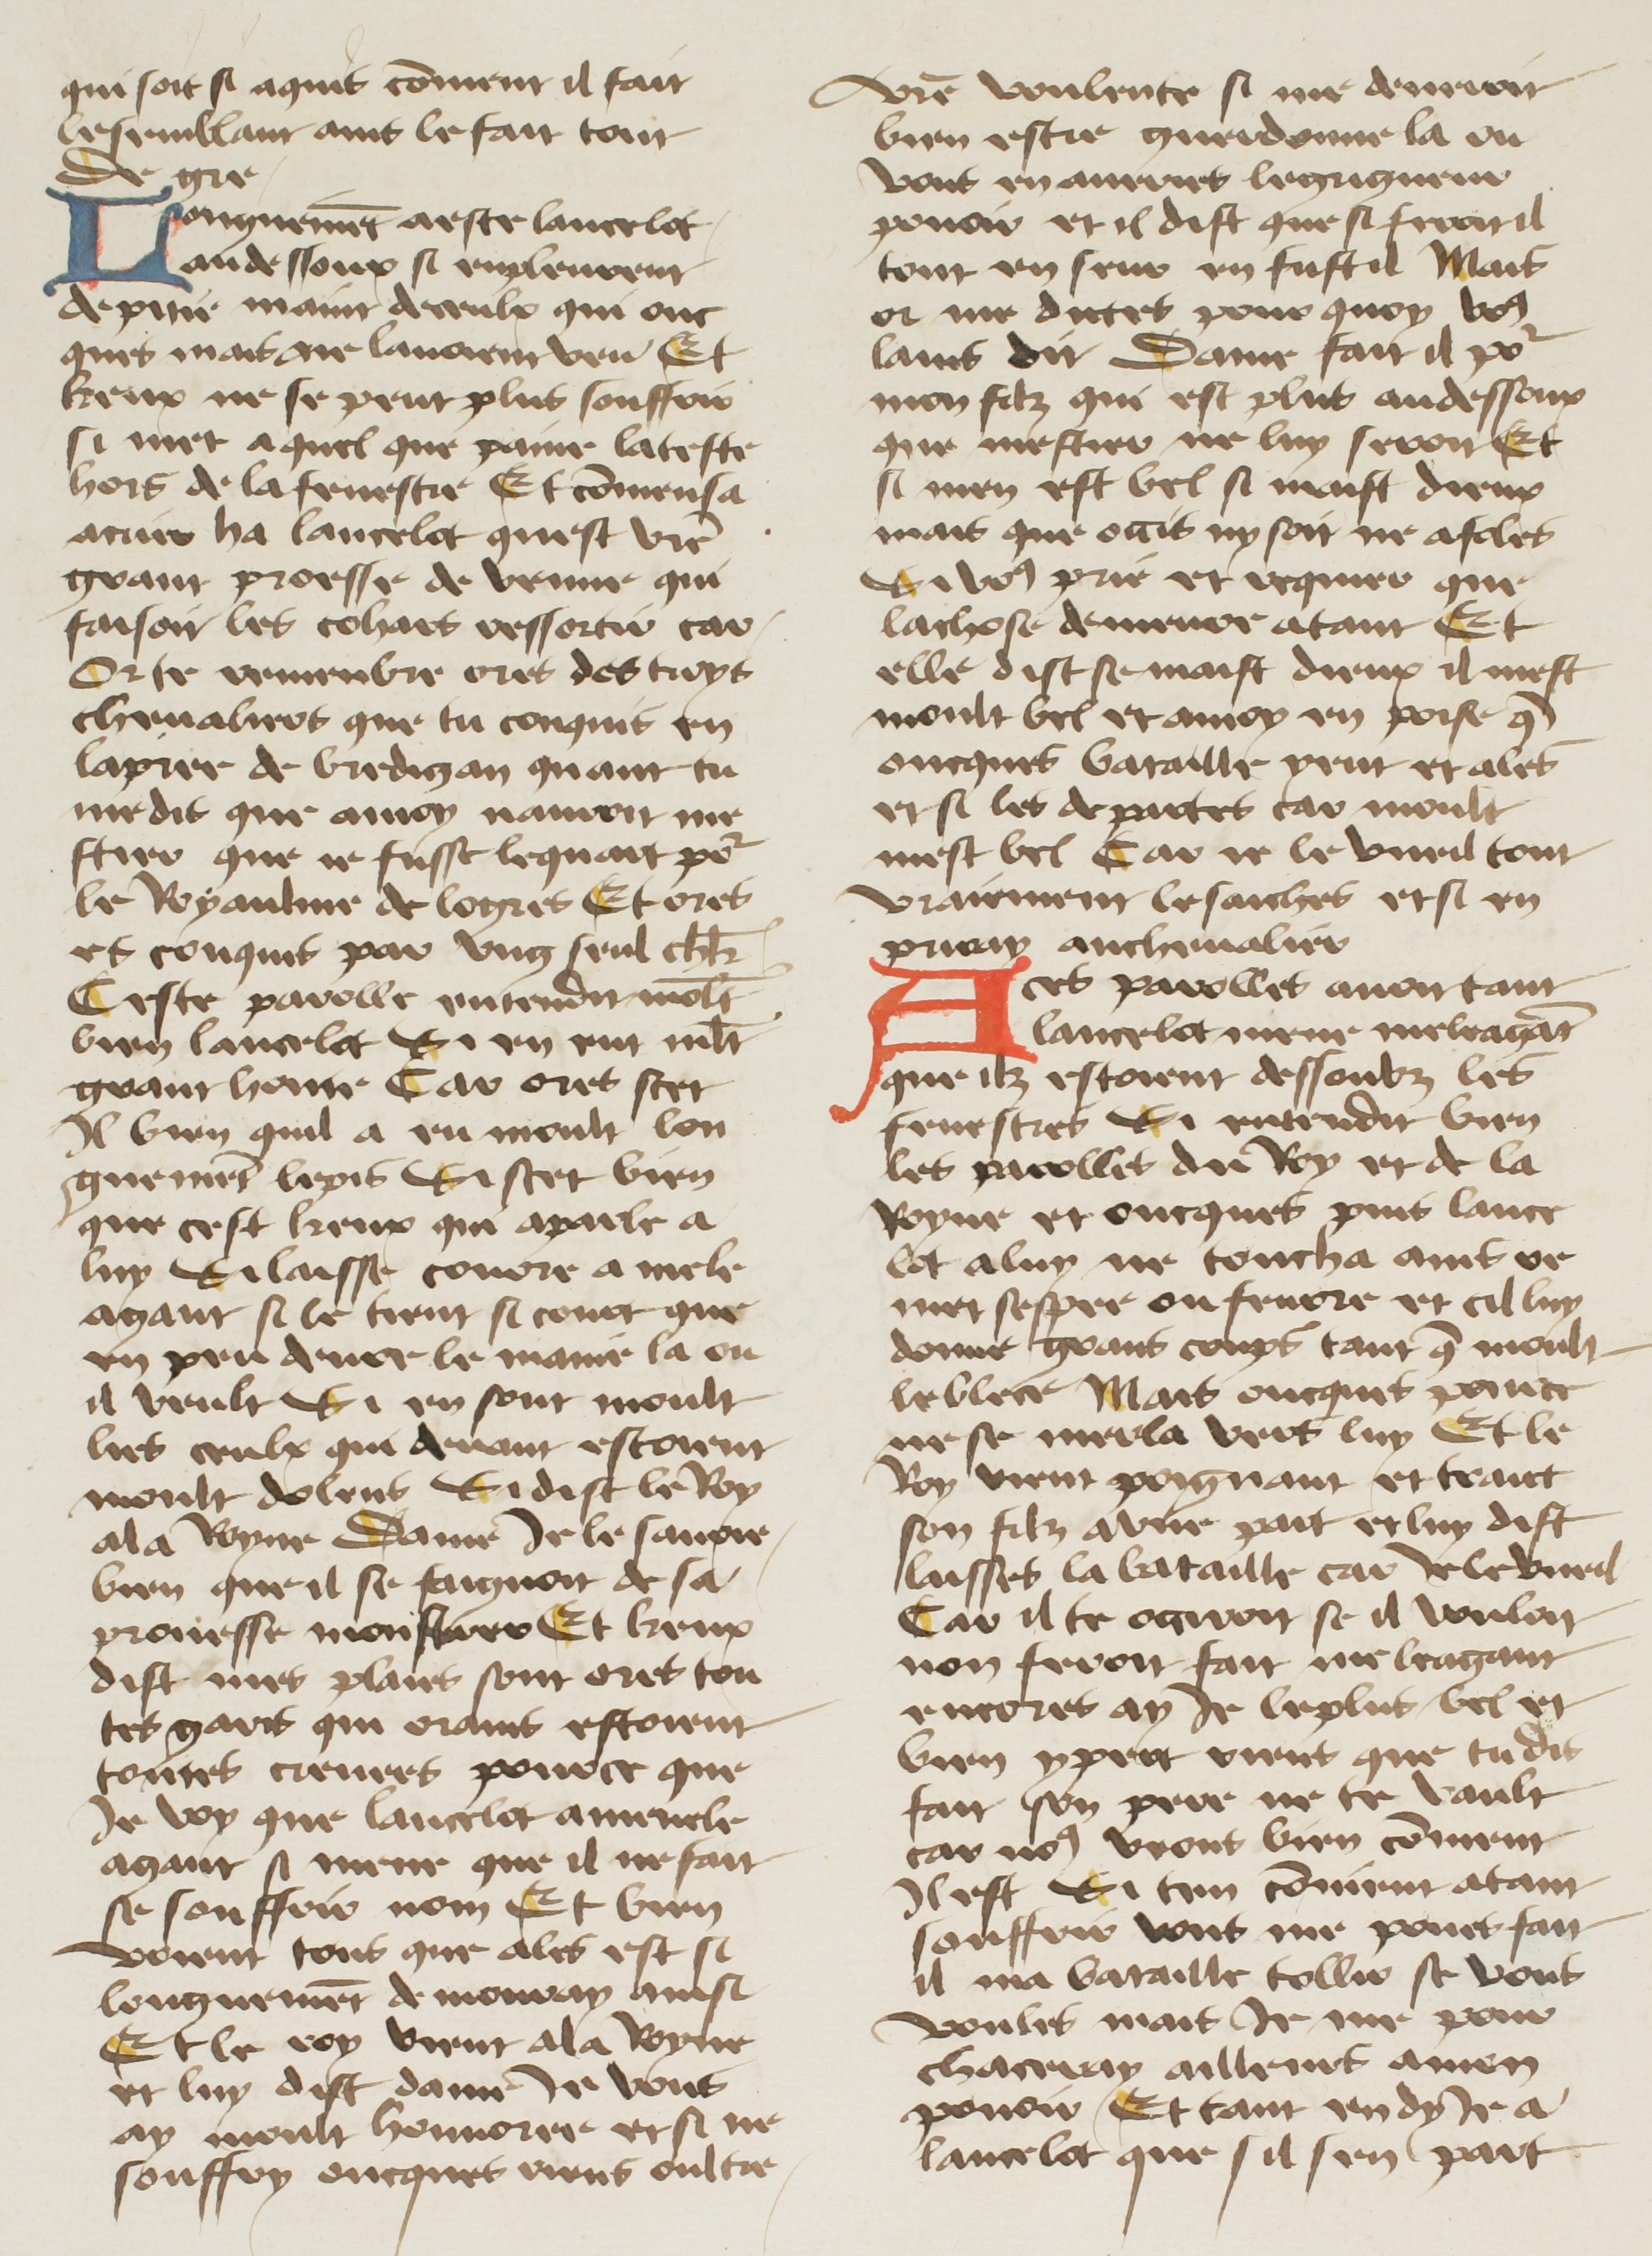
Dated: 1400–1499